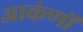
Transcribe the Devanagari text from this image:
आकंणों